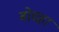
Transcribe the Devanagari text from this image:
बोचहा